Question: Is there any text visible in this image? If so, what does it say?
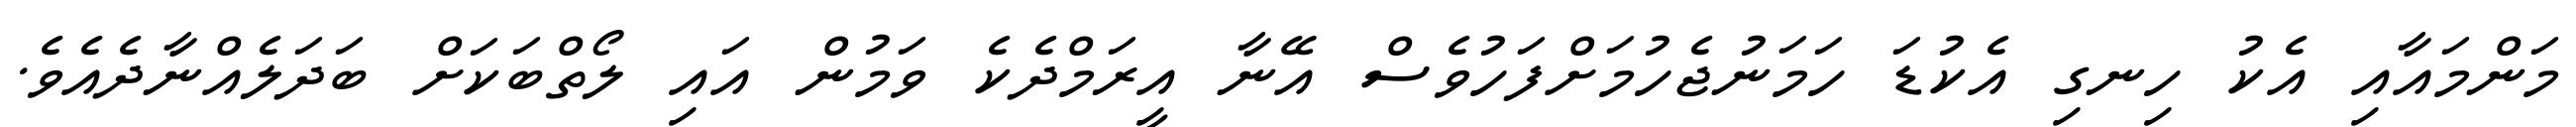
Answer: މަންމައާއި އެކު ހިނގި އެކުޑަ ހަމަނުޖެހުމަށްފަހުވެސް އޭނާ އީރަމްދެކެ ވަމުން އައި ލޯތްބަކަށް ބަދަލެއްނާދެއެވެ.